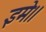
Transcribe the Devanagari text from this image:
इमे।।